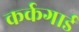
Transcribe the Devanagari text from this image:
कर्कगार्ड